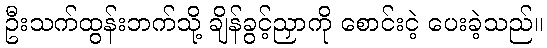
ဦးသက်ထွန်းဘက်သို့ ချိန်ခွင့်ညှာကို စောင်းငဲ့ ပေးခဲ့သည်။